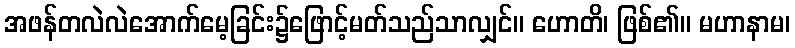
အဖန်တလဲလဲအောက်မေ့ခြင်း၌ဖြောင့်မတ်သည်သာလျှင်။ ဟောတိ၊ ဖြစ်၏။ မဟာနာမ၊